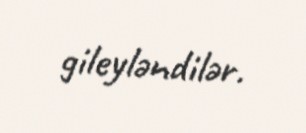
gileyləndilər.